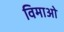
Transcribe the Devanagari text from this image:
विमाओ